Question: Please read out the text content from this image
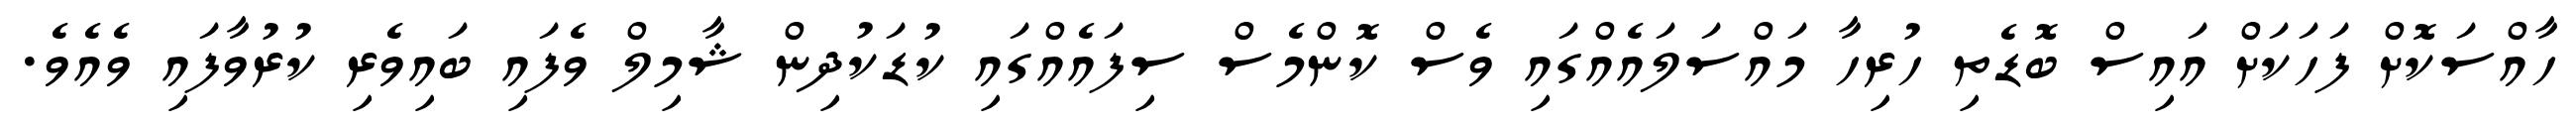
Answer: ހާއްސަކޮށް ފަހަކަށް އައިސް ބޮޑެތި ހުރިހާ މައްސަލައެއްގައި ވެސް ކޮންމެސް ސިފައެއްގައި ކުޑަކުދިން ޝާމިލް ވެފައި ބައިވެރި ކުރުވާފައި ވެއެވެ.